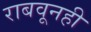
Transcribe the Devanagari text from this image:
राबवूनही